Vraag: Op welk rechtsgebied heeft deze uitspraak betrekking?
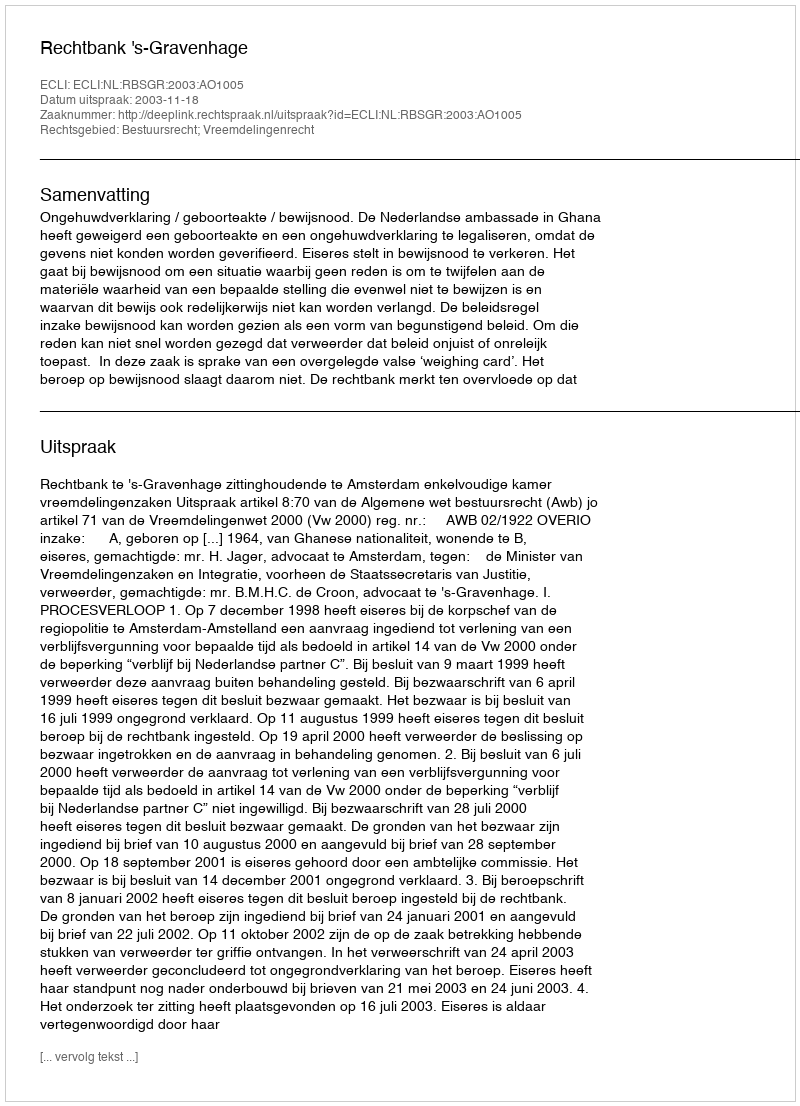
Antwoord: Bestuursrecht; Vreemdelingenrecht